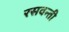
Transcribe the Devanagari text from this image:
रसवन्ती